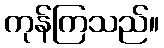
ကုန်ကြသည်။